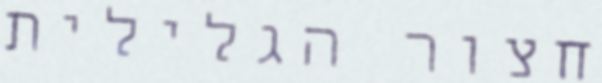
חצור הגלילית